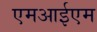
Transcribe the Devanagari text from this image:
एमआईएम